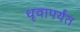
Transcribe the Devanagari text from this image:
धृवापर्यंत